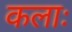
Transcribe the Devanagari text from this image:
कलाः